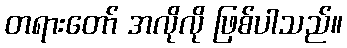
တရားတော် အလိုလို ဖြစ်ပါသည်။